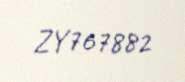
ZY767882